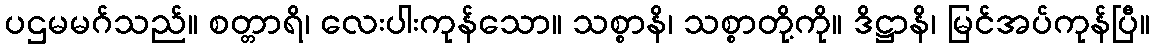
ပဌမမဂ်သည်။ စတ္တာရိ၊ လေးပါးကုန်သော။ သစ္စာနိ၊ သစ္စာတို့ကို။ ဒိဋ္ဌာနိ၊ မြင်အပ်ကုန်ပြီ။